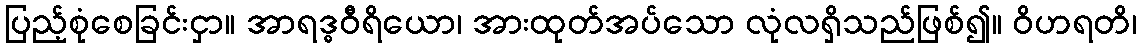
ပြည့်စုံစေခြင်းငှာ။ အာရဒ္ဓဝီရိယော၊ အားထုတ်အပ်သော လုံလရှိသည်ဖြစ်၍။ ဝိဟရတိ၊